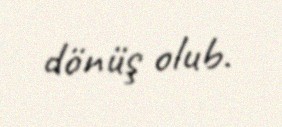
dönüş olub.